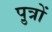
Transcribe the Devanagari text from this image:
पु़त्रों